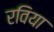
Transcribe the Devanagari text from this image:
रविया